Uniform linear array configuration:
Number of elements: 12
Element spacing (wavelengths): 0.5
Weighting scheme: binomial
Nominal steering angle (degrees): -45
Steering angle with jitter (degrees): -45.535
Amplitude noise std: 0.05
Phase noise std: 0.05

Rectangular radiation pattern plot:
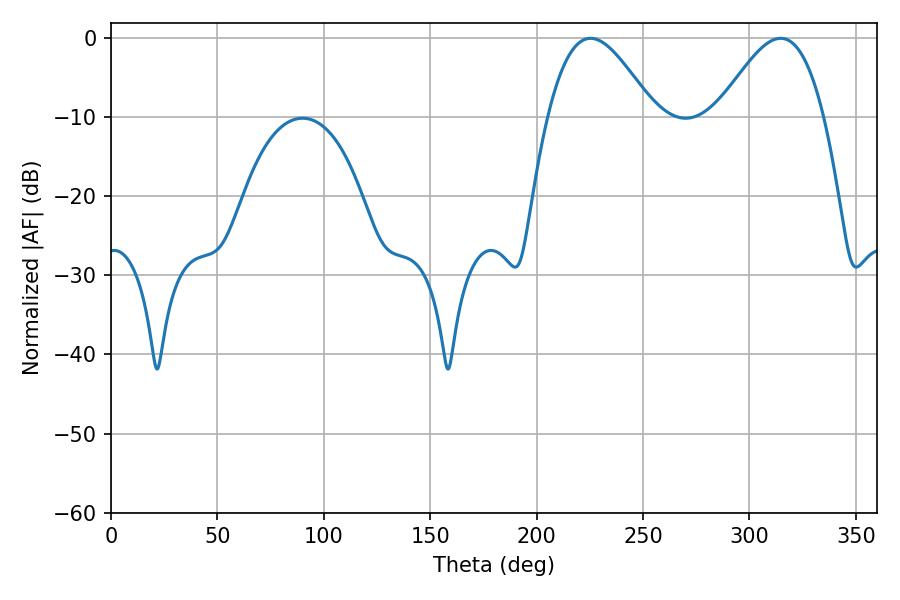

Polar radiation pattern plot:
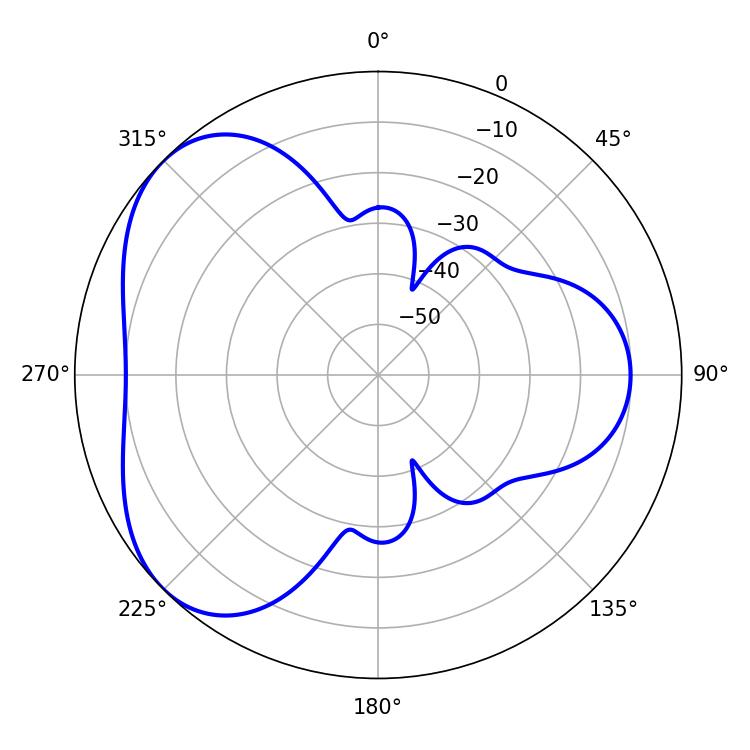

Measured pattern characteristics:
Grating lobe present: FALSE
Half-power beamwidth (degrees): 26.64
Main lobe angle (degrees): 225.36